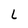
Character: L